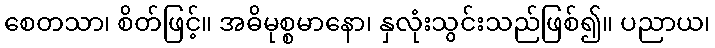
စေတသာ၊ စိတ်ဖြင့်။ အဓိမုစ္စမာနော၊ နှလုံးသွင်းသည်ဖြစ်၍။ ပညာယ၊